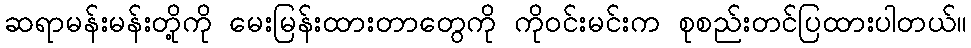
ဆရာမန်းမန်းတို့ကို မေးမြန်းထားတာတွေကို ကိုဝင်းမင်းက စုစည်းတင်ပြထားပါတယ်။